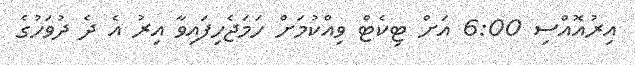
އިރުއޮއްސި 6:00 އަށް ޓިކެޓް ވިއްކުމަށް ހަމަޖެހިފައިވާ އިރު އެ ދެ ދުވަހުގެ